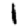
Digit: 1